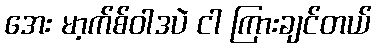
အေး မာ့က်စ်ဝါဒပဲ ငါ ကြားချင်တယ်